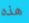
هذه